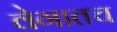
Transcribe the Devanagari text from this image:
वेगातच